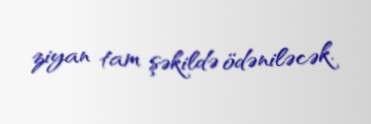
ziyan tam şəkildə ödəniləcək.